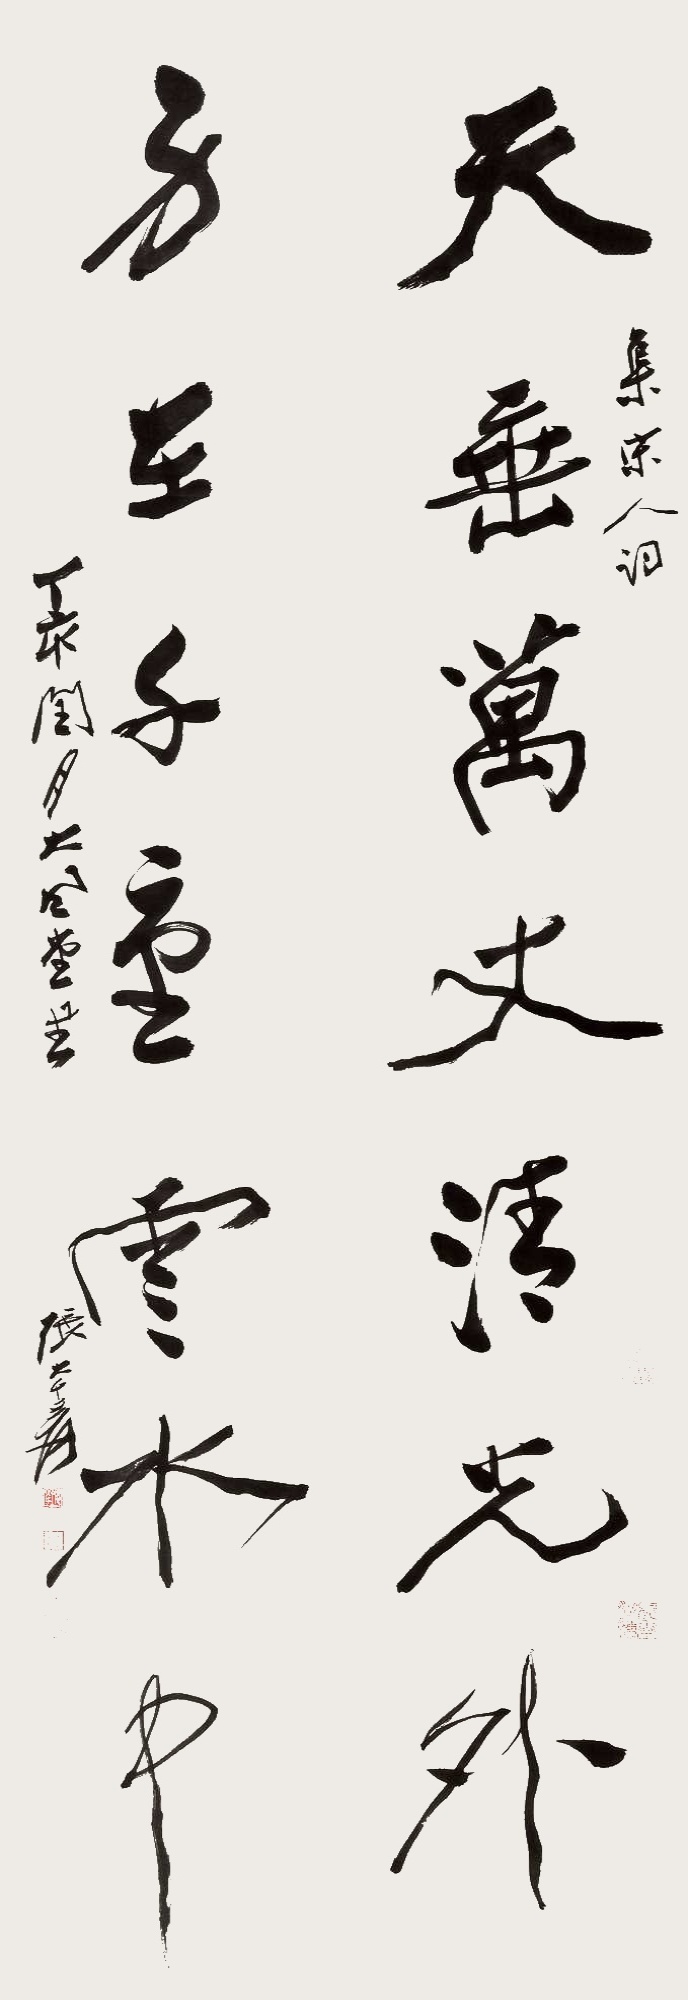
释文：天垂万丈清光外，身在千重云水中。集宋人词，丁亥闰月，大风堂书，张大千爰。